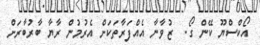
އޯކްސްޔޫ ކޭން ގޯ.  ޒުވާނާ އެއްފަރާތަކަށް އެރުމުން ރާޔާ ބާރުބާރަށް